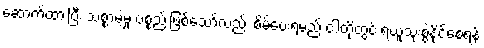
ဆောက်ထားပြီး သစ္စာမဲ့မှု ပစ္စည်းဖြစ်သော်လည်း စိမ်ပေးရမည် ငါတို့တွင် ရယူသုံးစွဲနိုင်စေရန်